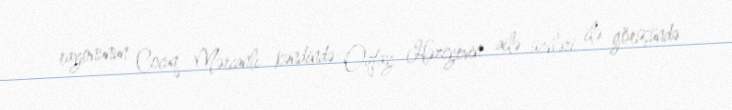
rayonunun Cocuq Mərcanlı kəndində Oqtay Həziyevin ailə üzvləri ilə görüşündə